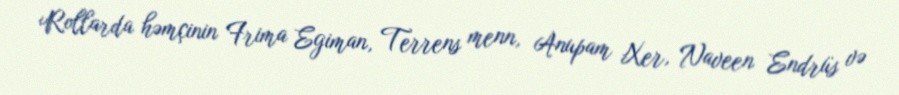
Rollarda həmçinin Frima Egiman, Terrens menn, Anupam Xer, Naveen Endrüs və